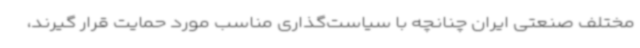
مختلف صنعتی ایران چنانچه با سیاست‌گذاری مناسب مورد حمایت قرار گیرند،